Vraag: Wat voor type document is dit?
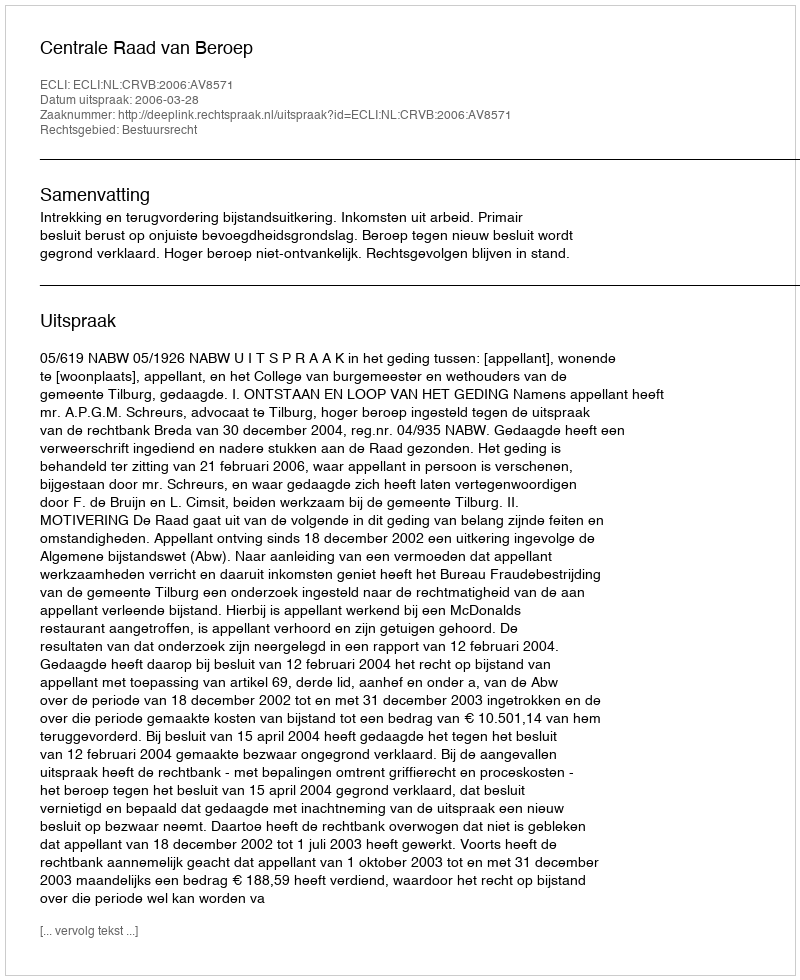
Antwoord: Uitspraak